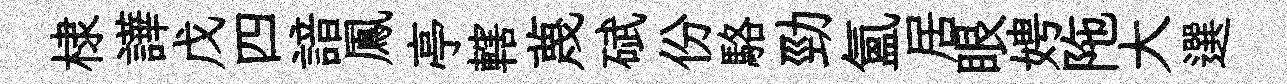
棣譁戊四諳鳳亭轄蔑碔份駱勁氳居眼娉陁大選